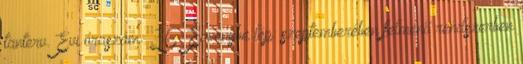
tanterv. Évi óraszám: 36. Érvénybe lép: szeptemberében felmenő rendszerben